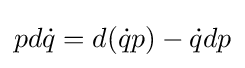
pd{\dot {q}}=d({\dot {q}}p)-{\dot {q}}dp